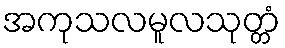
အကုသလမူလသုတ္တံ